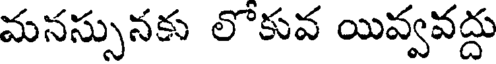
మనస్సునకు లొకువ యివ్వవద్దు